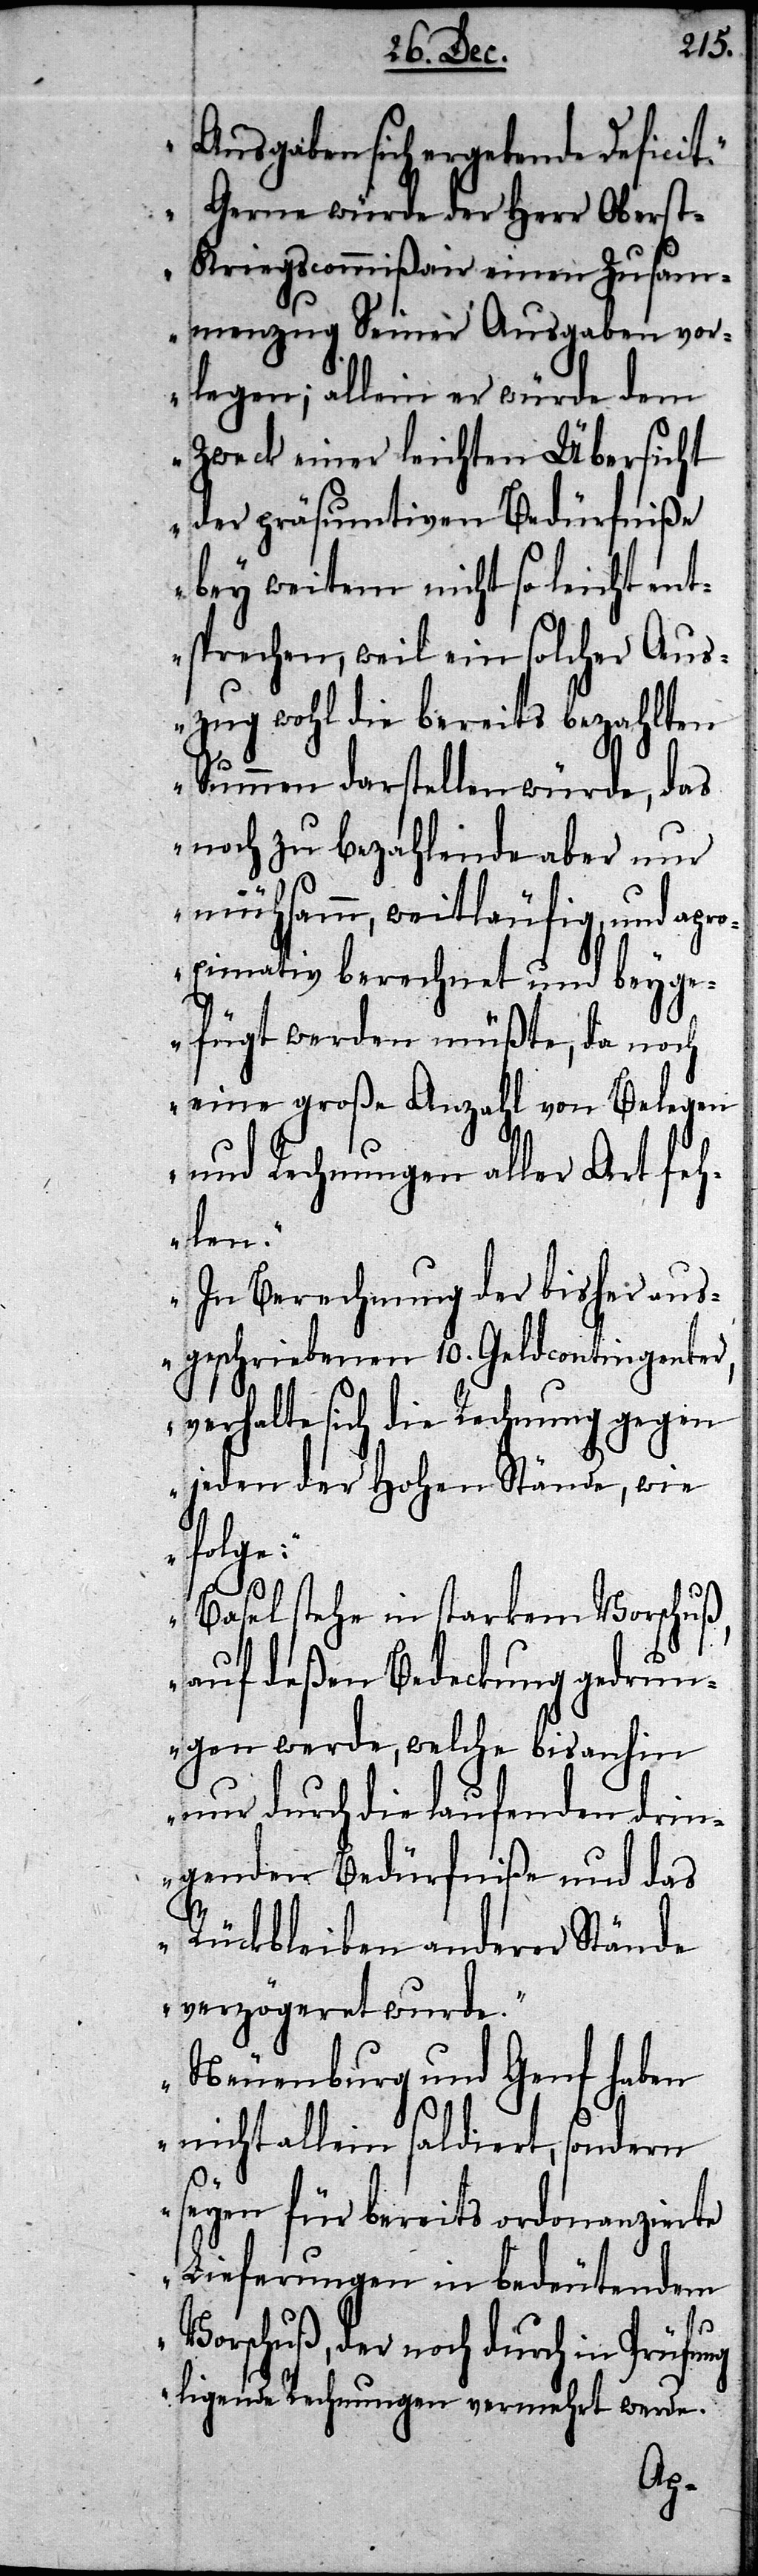
Ausgaben sich ergebende Deficit.
Gerne würde der Herr Obers¬
t-Kriegscommißair einen Zusam¬
menzug Seiner Ausgaben vor¬
legen; allein er würde dem
Zweck einer leichten Übersicht
der präsumtiven Bedürfniße
bey weitem nicht so leicht ent¬
sprechen, weil ein solcher Aus¬
zug wohl die bereits bezahlten
Summen darstellen würde, das
noch zu bezahlende aber nur
mühsamm, weitläufig, und apro¬
ximativ berechnet und beyge¬
fügt werden müßte, da noch
eine große Anzahl von Belegen
und Rechnungen aller Art feh¬
len.
In Berechnung der bisher aus¬
geschriebenen 10. Geldcontingenter,
verhalte sich die Rechnung gegen
jeden der Hohen Stände, wie
folge:
Basel stehe in starkem
auf deßen Bedeckung gedrun¬
gen werde, welche bis anhin
nur durch die laufen¬
ve¬
genden Bedürfniße und das
Rückbleiben anderer Stände
verzögeret wurde.
Neuenburg und Genf haben
nicht allein saldiert, sondern
seyen für bereits ordonanzierte
Lieferungen in bedeutendem
Vorschuß, der noch durch in Prüfung
ligende Rechnungen
rmehrt werde.